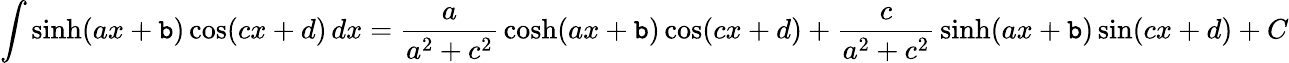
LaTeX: \int\sinh(ax+\mathtt{b})\cos(cx+d)\, dx={\frac{{a}}{{a^{2}+c^{2}}}}\cosh(ax+\mathtt{b})\cos(cx+d)+{\frac{{c}}{{a^{2}+c^{2}}}}\sinh(ax+\mathtt{b})\sin(cx+d)+C